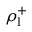
\rho _ { \mathrm { l } } ^ { + }